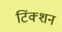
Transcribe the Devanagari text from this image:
टिंक्शन